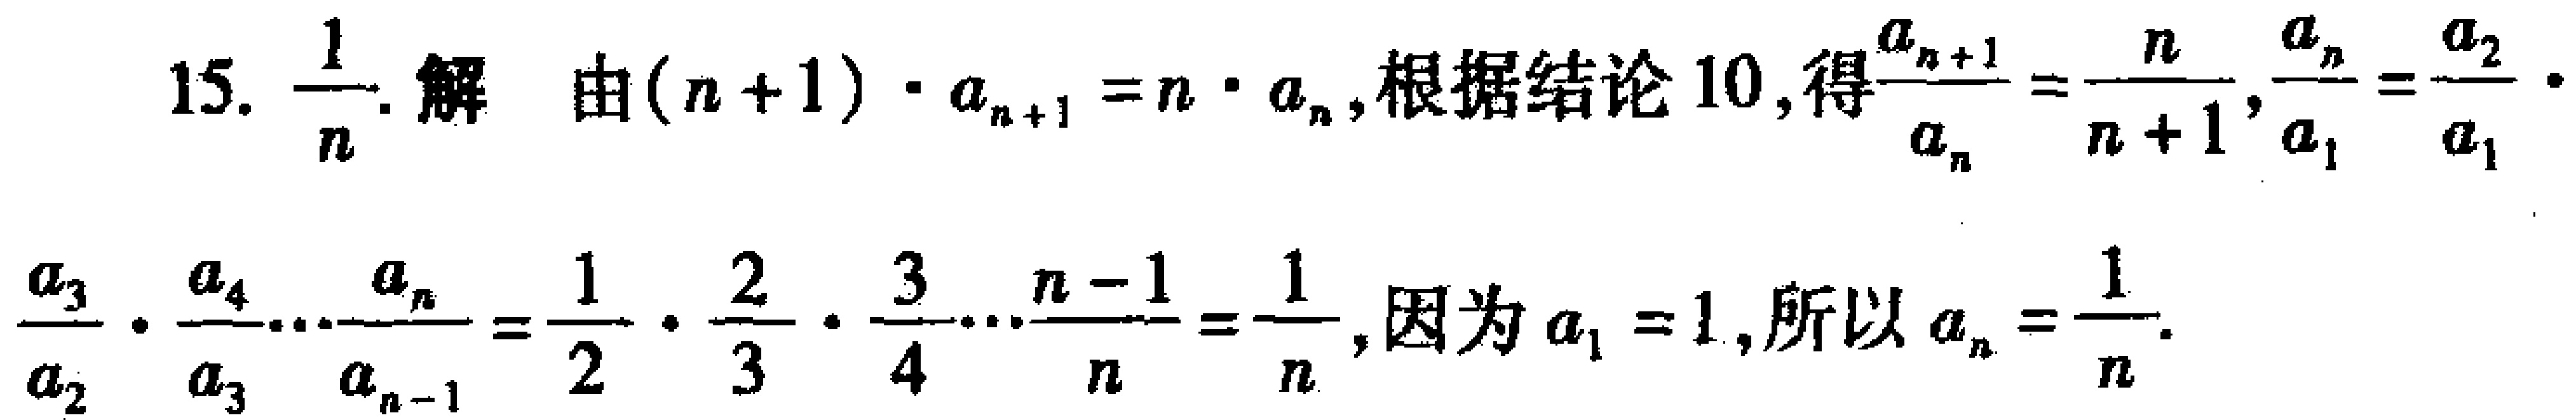
15. $\frac{1}{n}$. 解 由$(n + 1)\cdot a_{n + 1}=n\cdot a_{n}$,根据结论10,得$\frac{a_{n + 1}}{a_{n}}=\frac{n}{n + 1}$,$\frac{a_{n}}{a_{1}}=\frac{a_{2}}{a_{1}}\cdot$

$\frac{a_{3}}{a_{2}}\cdot\frac{a_{4}}{a_{3}}\cdots\frac{a_{n}}{a_{n - 1}}=\frac{1}{2}\cdot\frac{2}{3}\cdot\frac{3}{4}\cdots\frac{n - 1}{n}=\frac{1}{n}$,因为$a_{1}=1$,所以$a_{n}=\frac{1}{n}$.